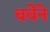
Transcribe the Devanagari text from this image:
बर्वेने